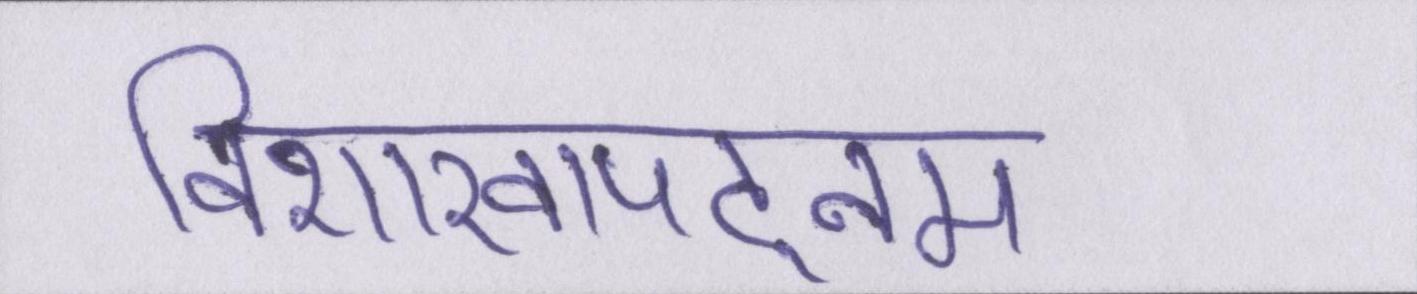
विशाखापट्नम